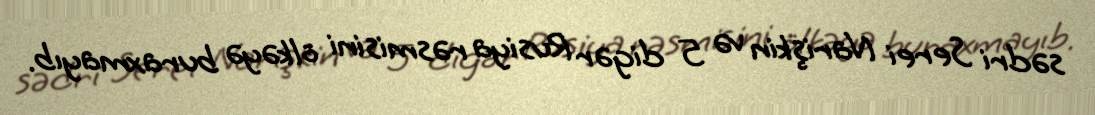
sədri Serei Narişkin və 5 digər Rusiya rəsmisini ölkəyə buraxmayıb.